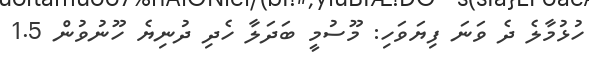
ހުޅުމާލެ ދެ ވަނަ ފިޔަވަހި: މޫސުމީ ބަދަލާ ހެދި ދުނިޔެ ހޫނުވުން 1.5